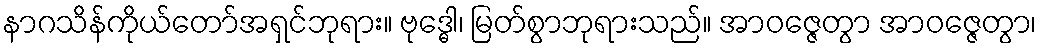
နာဂသိန်ကိုယ်တော်အရှင်ဘုရား။ ဗုဒ္ဓေါ၊ မြတ်စွာဘုရားသည်။ အာဝဇ္ဇေတွာ အာဝဇ္ဇေတွာ၊